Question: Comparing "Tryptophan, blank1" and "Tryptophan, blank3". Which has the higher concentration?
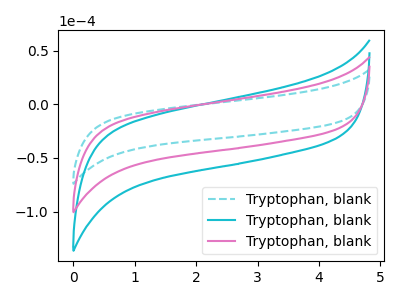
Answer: <think>The cyan dashed curve "Tryptophan, blank1" has no peaks. The cyan curve "Tryptophan, blank2" has no peaks. The pink curve "Tryptophan, blank3" has no peaks.
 Neither "Tryptophan, blank1" or "Tryptophan, blank3" have any peaks.</think>
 <answer>I cant tell if "Tryptophan, blank1" or "Tryptophan, blank3" has higher concentration.</answer>
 <eval>mixed_concentration</eval>